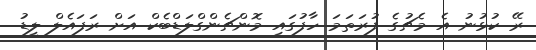
ރޭ ކުޅުނު އެ މެޗުގެ ފުރަތަމަ ހާފުގައި މޮންޗެންގްލަޑްބެކް އަށް ރަފައެލް ލީޑު